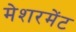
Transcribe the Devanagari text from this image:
मेशरमेंट